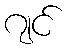
ဂျင်